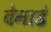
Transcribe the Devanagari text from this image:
वेनार्ड